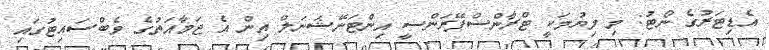
އެޑިޓަރުގެ ނޯޓު: މި ލިޔުމަކީ ޓްރާންސްޕޭރަންސީ އިންޓަނޭޝަނަލް އިން އެ ޖަމާއަތުގެ ވެބްސައިޓުގައި